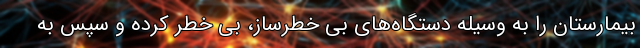
بیمارستان را به وسیله دستگاه‌های بی خطرساز، بی خطر کرده و سپس به